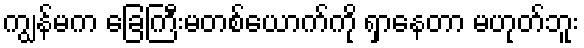
ကျွန်မက ခြေကြီးမတစ်ယောက်ကို ရှာနေတာ မဟုတ်ဘူး